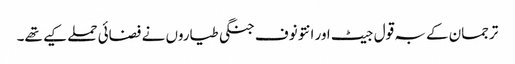
ترجمان کے بہ قول جیٹ اور انتونوف جنگی طیاروں نے فضائی حملے کیے تھے۔